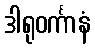
ဒါရုဝင်္ကာနံ